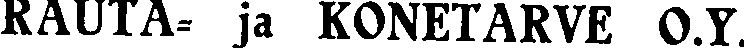
RAUTA- ja KONETARVE O.Y.